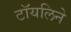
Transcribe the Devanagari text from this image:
टॉयलिने